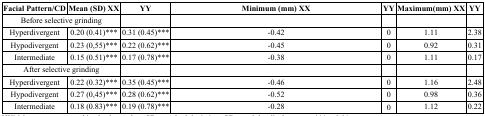
<table><thead><tr><td><b>Facial Pattern/CD</b></td><td><b>Mean (SD) XX</b></td><td><b>YY</b></td><td><b>Minimum (mm) XX</b></td><td><b>YY</b></td><td><b>Maximum(mm) XX</b></td><td><b>YY</b></td></tr></thead><tbody><tr><td colspan="2">Before selective grinding</td><td></td><td></td><td></td><td></td><td></td></tr><tr><td>Hyperdivergent</td><td>0.20 (0.41)***</td><td>0.31 (0.45)***</td><td>-0.42</td><td>0</td><td>1.11</td><td>2.38</td></tr><tr><td>Hypodivergent</td><td>0.23 (0,55)***</td><td>0.22 (0.62)***</td><td>-0.45</td><td>0</td><td>0.92</td><td>0.31</td></tr><tr><td>Intermediate</td><td>0.15 (0.51)***</td><td>0.17 (0.78)***</td><td>-0.38</td><td>0</td><td>1.11</td><td>0.17</td></tr><tr><td colspan="2">After selective grinding</td><td></td><td></td><td></td><td></td><td></td></tr><tr><td>Hyperdivergent</td><td>0.22 (0.32)***</td><td>0.35 (0.45)***</td><td>-0.46</td><td>0</td><td>1.16</td><td>2.48</td></tr><tr><td>Hypodivergent</td><td>0.27 (0,45)***</td><td>0.28 (0.62)***</td><td>-0.52</td><td>0</td><td>0.98</td><td>0.36</td></tr><tr><td>Intermediate</td><td>0.18 (0.83)***</td><td>0.19 (0.78)***</td><td>-0.28</td><td>0</td><td>1.12</td><td>0.22</td></tr></tbody></table>